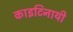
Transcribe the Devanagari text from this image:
काइटिनायी